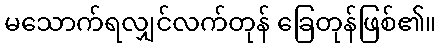
မသောက်ရလျှင်လက်တုန် ခြေတုန်ဖြစ်၏။